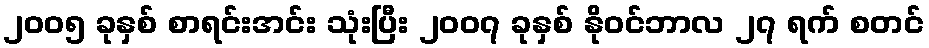
၂၀၀၅ ခုနှစ် စာရင်းအင်း သုံးပြီး ၂၀၀၇ ခုနှစ် နိုဝင်ဘာလ ၂၇ ရက် စတင်